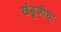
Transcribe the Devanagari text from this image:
खंडूजीचा